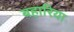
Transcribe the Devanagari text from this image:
बहारिया